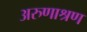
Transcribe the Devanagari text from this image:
अरुणाश्रण